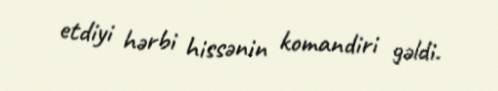
etdiyi hərbi hissənin komandiri gəldi.